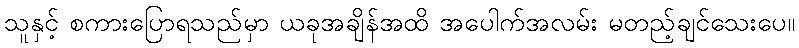
သူနှင့် စကားပြောရသည်မှာ ယခုအချိန်အထိ အပေါက်အလမ်း မတည့်ချင်သေးပေ။